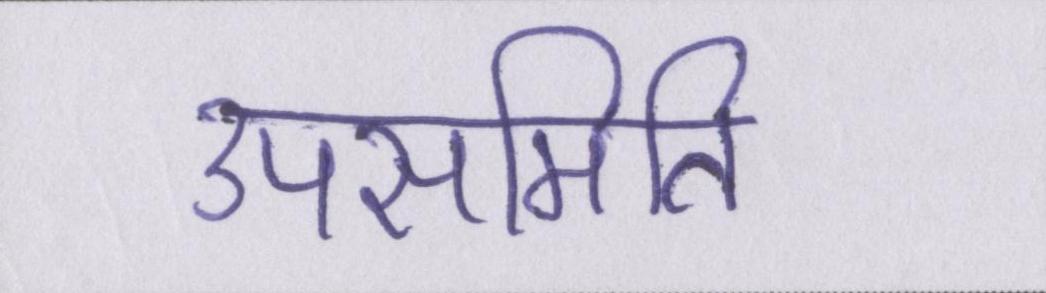
उपसमिति